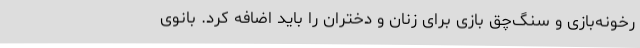
رخونه‌بازی و سنگ‌چق بازی برای زنان و دختران را باید اضافه کرد. بانوی